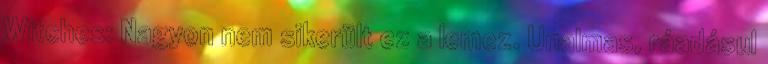
Witches: Nagyon nem sikerült ez a lemez. Unalmas, ráadásul